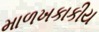
માળખકાકીય